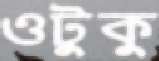
ওটুকু